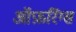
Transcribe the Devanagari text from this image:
ऑफ़रिंग्स